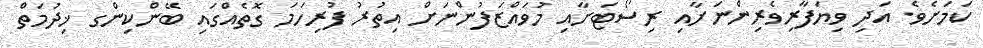
ކަމަށެވެ. އަދި ވިޔަފާރިވެރިންނަށާއި ރިސޯޓަށާއި މުވައްޒަފުންނަށް އިތުރު ފުރިހަމަ ގޮތެއްގައި ބޭންކިންގ ޚިދުމަތް